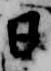
日